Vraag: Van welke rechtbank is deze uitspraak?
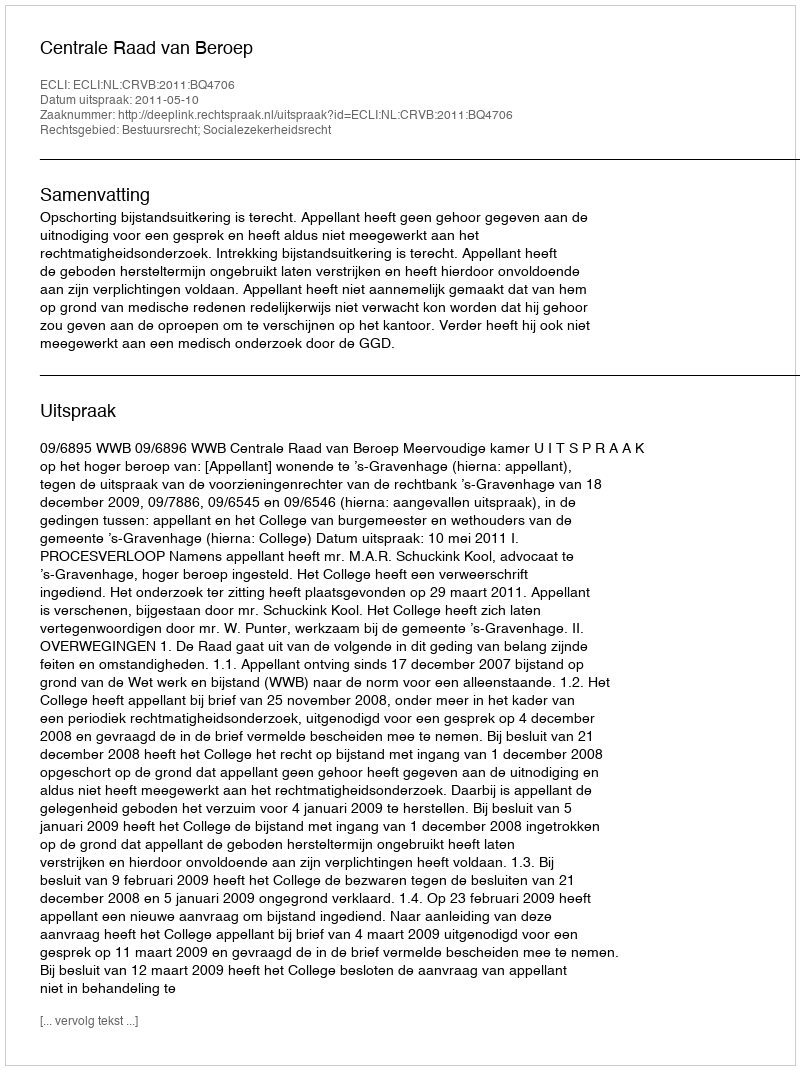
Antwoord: Centrale Raad van Beroep